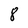
Character: 8